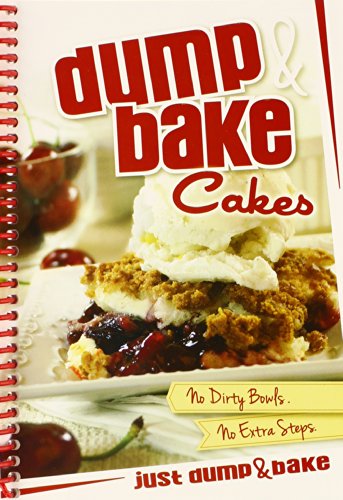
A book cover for Dump & Bake Cakes; G & R Publishing; Cookbooks, Food & Wine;